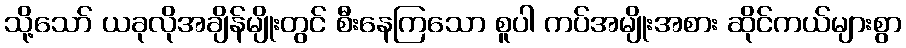
သို့သော် ယခုလိုအချိန်မျိုးတွင် စီးနေကြသော စူပါ ကပ်အမျိုးအစား ဆိုင်ကယ်များစွာ